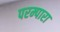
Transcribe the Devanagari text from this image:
परम्पारा